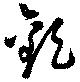
歡